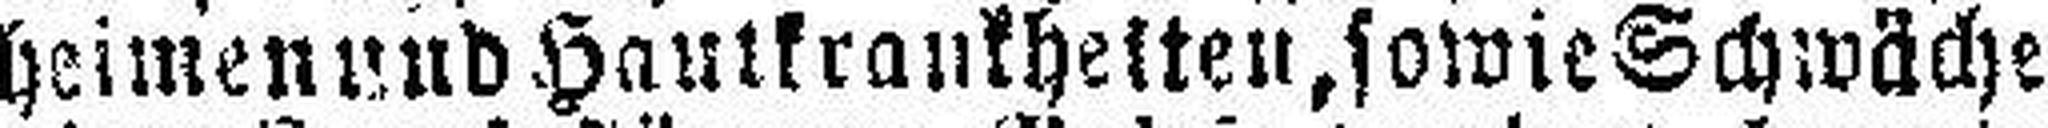
heimen und Hautkrankheiten, sowie Schwäche